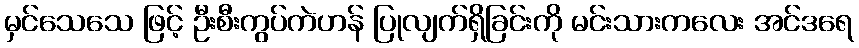
မှင်သေသေ ဖြင့် ဦးစီးကွပ်ကဲဟန် ပြုလျက်ရှိခြင်းကို မင်းသားကလေး အင်ဒရေ